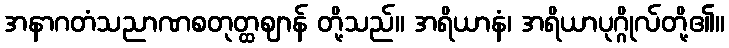
အနာဂတံသညာဏစတုတ္ထဈာန် တို့သည်။ အရိယာနံ၊ အရိယာပုဂ္ဂိုလ်တို့၏။